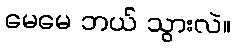
မေမေ ဘယ် သွားလဲ။